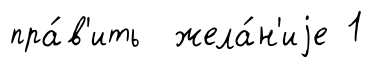
пра́в'ить жела́н'иjе 1